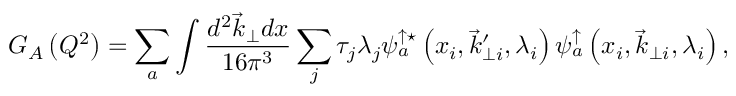
G _ { A } \left( Q ^ { 2 } \right) = \sum _ { a } \int \frac { d ^ { 2 } \vec { k } _ { \perp } d x } { 1 6 \pi ^ { 3 } } \sum _ { j } \tau _ { j } \lambda _ { j } \psi _ { a } ^ { \uparrow \star } \left( x _ { i } , \vec { k } _ { \perp i } ^ { \prime } , \lambda _ { i } \right) \psi _ { a } ^ { \uparrow } \left( x _ { i } , \vec { k } _ { \perp i } , \lambda _ { i } \right) ,